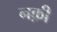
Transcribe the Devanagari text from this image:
नक़ी